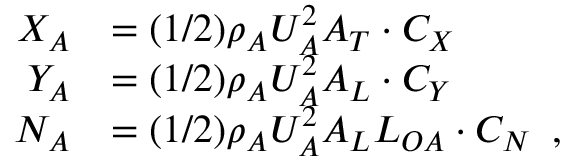
\begin{array} { r } { \begin{array} { r l } { X _ { A } } & { = ( 1 / 2 ) \rho _ { A } U _ { A } ^ { 2 } A _ { T } \cdot C _ { X } } \\ { Y _ { A } } & { = ( 1 / 2 ) \rho _ { A } U _ { A } ^ { 2 } A _ { L } \cdot C _ { Y } } \\ { N _ { A } } & { = ( 1 / 2 ) \rho _ { A } U _ { A } ^ { 2 } A _ { L } L _ { O A } \cdot C _ { N } \enspace , } \end{array} } \end{array}